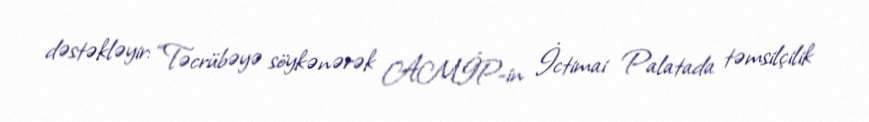
dəstəkləyir: “Təcrübəyə söykənərək AMİP-in İctimai Palatada təmsilçilik